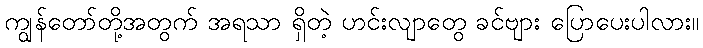
ကျွန်တော်တို့အတွက် အရသာ ရှိတဲ့ ဟင်းလျာတွေ ခင်ဗျား ပြောပေးပါလား။